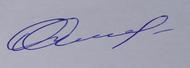
Signature authenticity: genuine